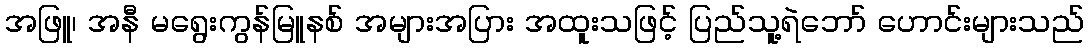
အဖြူ၊ အနီ မရွေးကွန်မြူနစ် အများအပြား အထူးသဖြင့် ပြည်သူ့ရဲဘော် ဟောင်းများသည်